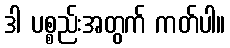
ဒါ ပစ္စည်းအတွက် ကတ်ပါ။